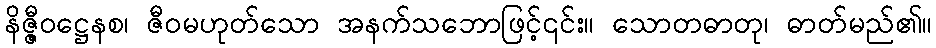
နိဇ္ဇီဝဋ္ဌေနစ၊ ဇီဝမဟုတ်သော အနက်သဘောဖြင့်၎င်း။ သောတဓာတု၊ ဓာတ်မည်၏။